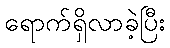
ရောက်ရှိလာခဲ့ပြီး